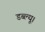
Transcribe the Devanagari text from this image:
डब्ल्यू।